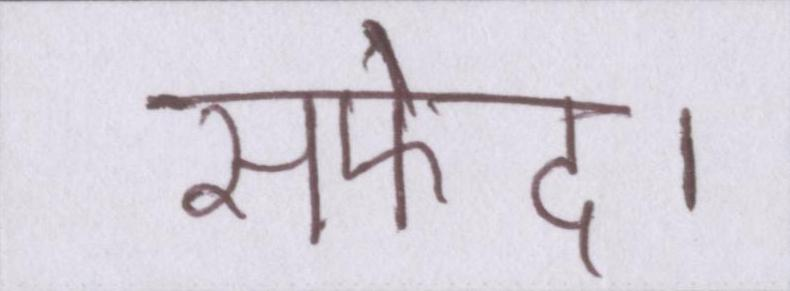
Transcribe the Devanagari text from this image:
सफेद।